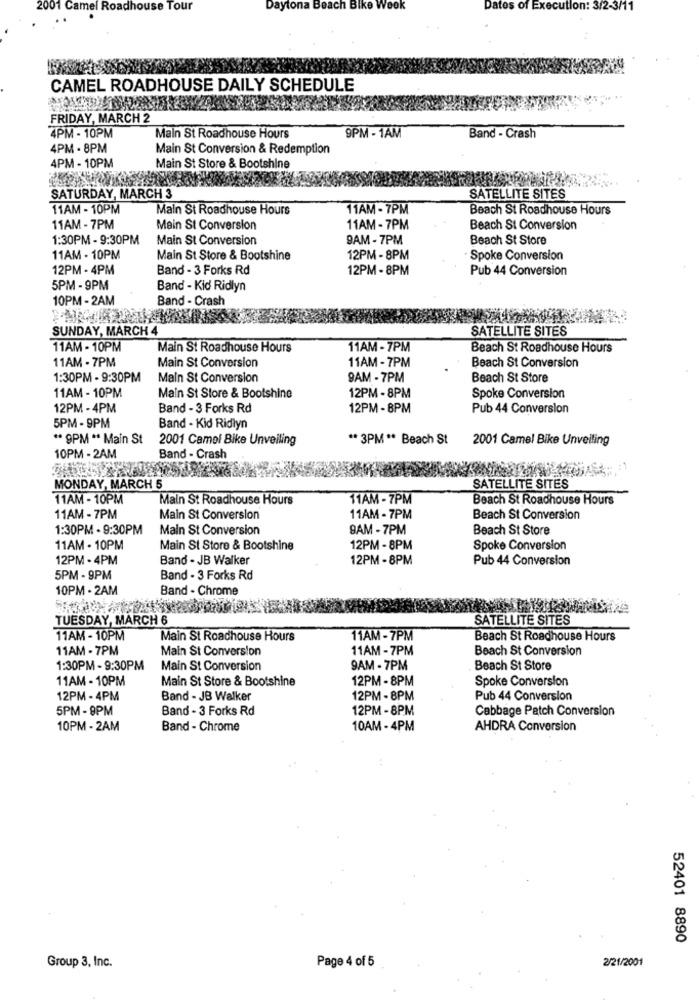
2001 Camel Roadhouse Tour
Daytona Beach Bike Wook
Dates of Execution: 3/2-3/11
CAMEL ROADHOUSE DAILY SCHEDULE
FRIDAY, MARCH 2
4PM - 10PM
Main St Roadhouse Hours
9PM - 1AM
Band - Crash
4PM - 8PM
Main St Conversion & Redemption
4PM - 10PM
Main St Store & Bootshine
SATURDAY, MARCH 3
SATELLITE SITES
11AM - 10PM
Main St Roadhouse Hours
11AM - 7PM
Beach St Roadhouse Hours
11AM - 7PM
Main St Conversion
11AM - 7PM
Beach St Conversion
1:30PM - 9:30PM
Main St Conversion
9AM - 7PM
Beach St Store
11AM - 10PM
Main St Store & Bootshine
12PM - 8PM
Spoke Conversion
12PM - 4PM
Band - 3 Forks Rd
12PM - 8PM
Pub 44 Conversion
5PM - 9PM
Band - Kid Ridlyn
10PM-2AM
Band - Crash
SUNDAY, MARCH 4
SATELLITE SITES
11AM - 10PM
Main St Roadhouse Hours
11AM -7PM
Beach St Roadhouse Hours
11AM - 7PM
11AM - 7PM
Beach St Conversion
Main St Conversion
1:30PM - 9:30PM
Main St Conversion
9AM - 7PM
Beach St Store
11AM - 10PM
Main St Store & Bootshine
12PM - 8PM
Spoke Conversion
12PM - 4PM
Band - 3 Forks Rd
12PM - 8PM
Pub 44 Conversion
5PM - 9PM
Band - Kid Ridlyn
" 9PM ". Main St
2001 Camel Bike Unveiling
** 3PM ** Beach St
2001 Camel Bike Unveiling
10PM - 2AM
Band - Crash
MONDAY, MARCH 5
SATELLITE SITES
11AM - 10PM
Main St Roadhouse Hours
11AM -7PM
Beach St Roadhouse Hours
11AM - 7PM
Main St Conversion
11AM - 7PM
Beach St Conversion
1:30PM - 9:30PM
Main St Conversion
9AM - 7PM
Beach St Store
11AM . 10PM
Main St Store & Bootshine
12PM - 8PM
Spoke Conversion
12PM - 4PM
Band - JB Walker
12PM - 8PM
Pub 44 Conversion
5PM - 9PM
Band - 3 Forks Rd
10PM - 2AM
Band - Chrome
TUESDAY, MARCH 6
SATELLITE SITES
11AM - 10PM
Main St Roadhouse Hours
11AM - 7PM
Beach St Roadhouse Hours
11AM - 7PM
Main St Conversion
11AM - 7PM
Beach St Conversion
1:30PM - 9:30PM
Main St Conversion
9AM - 7PM
Beach St Store
11AM - 10PM
Main St Store & Bootshine
12PM -8PM
Spoke Conversion
12PM - 4PM
Band - JB Walker
12PM - 8PM
Pub 44 Conversion
5PM - 9PM
Band - 3 Forks Rd
12PM -8PM
Cabbage Patch Conversion
10PM - 2AM
Band - Chrome
10AM - 4PM
AHDRA Conversion
52401 8890
Group 3, Inc.
Page 4 of 5
2/21/2001